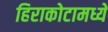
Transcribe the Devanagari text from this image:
हिराकोटामध्ये